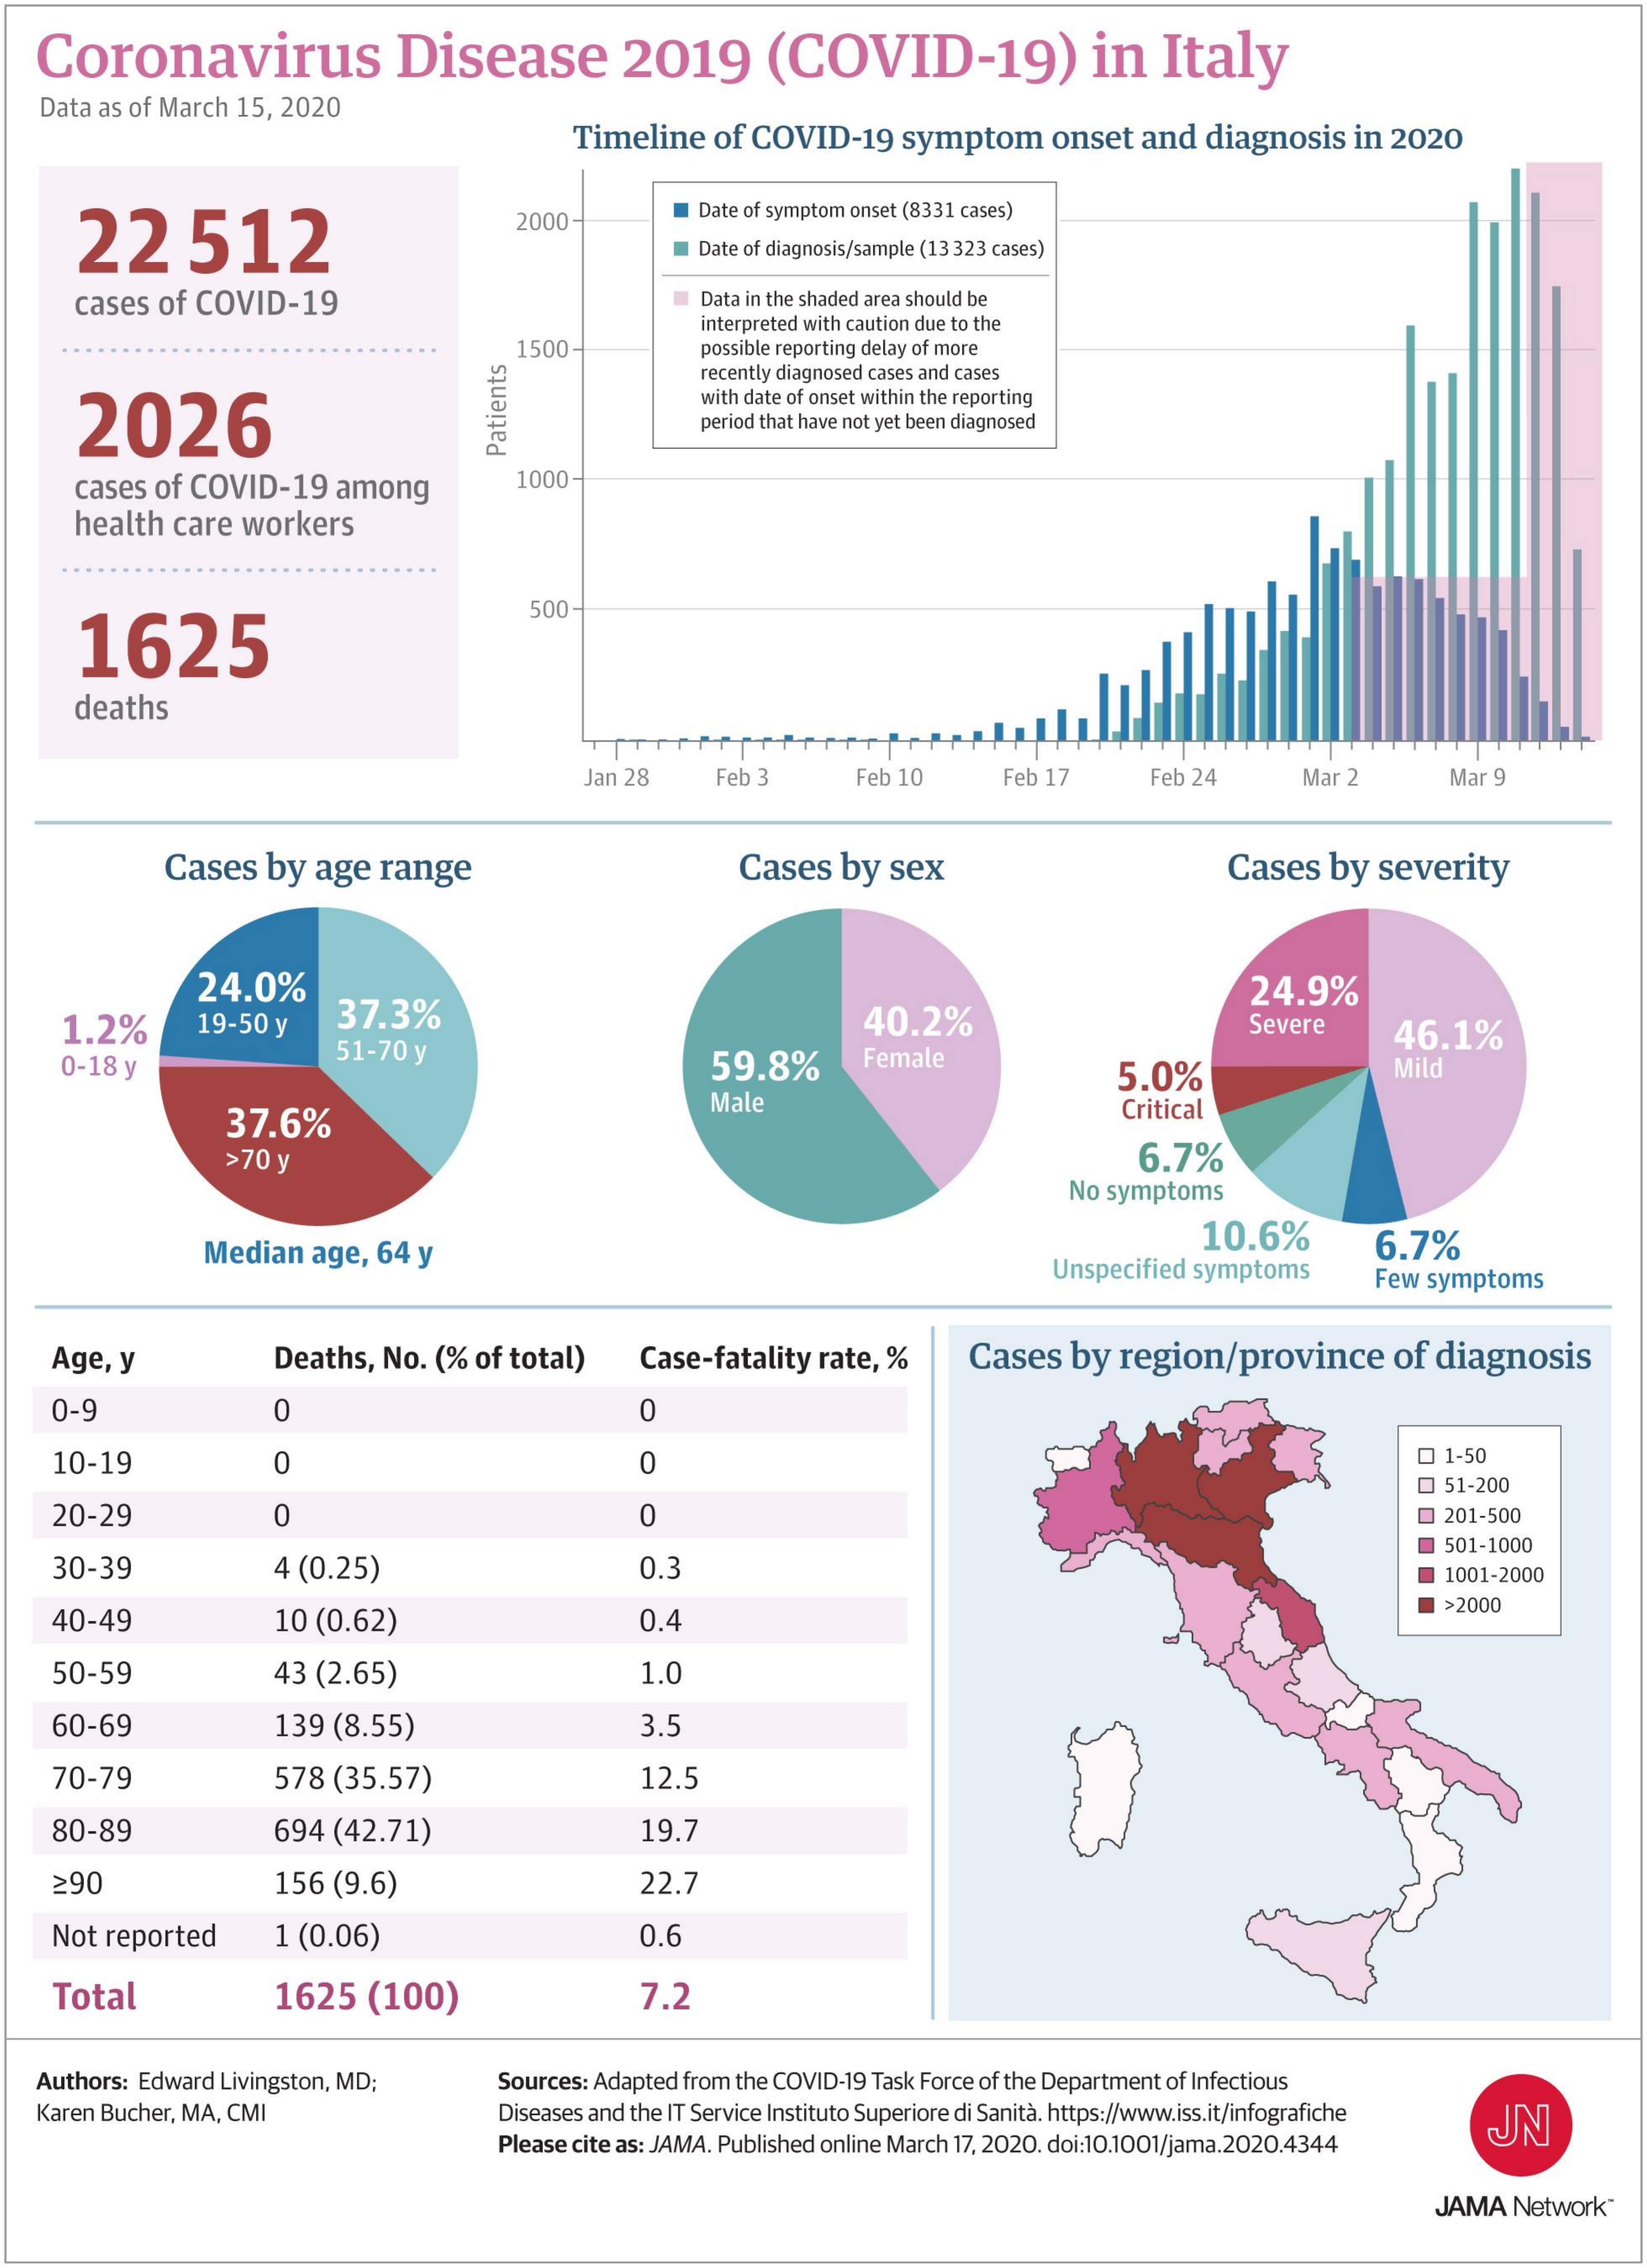
Coronavirus    Disease    2019    (COVID-19)    in   Italy
   Data as of March 15, 2020
     Timeline  of COVID-19   symptom    onset  and  diagnosis  in 2020
     22    512
     2000-    Date of symptom onset (8331 cases)
     Date of diagnosis/sample (13 323 cases)
     cases of COVID-19    Data in the shaded area should be
     1500
     interpreted with caution due to the
     possible reporting delay of more
     recently diagnosed cases and cases
     2026
     with date of onset within the reporting
     period that have not yet been diagnosed Patients
     cases of COVID-19  among    1000
     health care workers
     1625
     500
     deaths
     Jan 28    Feb 3    Feb 10    Feb 17    Feb 24    Mar 2    Mar 9
     Cases  by  age range    Cases  by  sex    Cases  by  severity
     24.0%
     37.3%    40.2%
     24.9%
     1.2%    19-50 y    46.1%
     0-18 y
     51-70 y
     Severe
     59.8%    Female
     5.0%    Mild
     37.6%
     Male    Critical
     >70 y    6.7%
     No symptoms
     Median  age, 64 y    10.6%
     Unspecified symptoms
     6.7%
     Few symptoms
    Age, y    Deaths, No. (% of total)   Case-fatality rate, %    Cases  by  region/province    of diagnosis
     0-9    0    0
    10-19    0    0    0 1-50
     Q 51-200
    20-29    0    0    201-500
    30-39    4 (0.25)    0.3
     501-1000
     1001-2000
    40-49    10 (0.62)    0.4
     >2000
    50-59    43 (2.65)    1.0
    60-69    139 (8.55)    3.5
    70-79    578 (35.57)    12.5
    80-89    694 (42.71)    19.7
     290    156 (9.6)    22.7
    Not reported    1 (0.06)    0.6
    Total    1625   (100)    7.2
   Authors: Edward Livingston, MD;    Sources: Adapted from the COVID-19 Task Force of the Department of Infectious
   Karen Bucher, MA, CMI    Diseases and the IT Service Instituto Superiore di Sanità. https://www.iss.it/infografiche
     Please cite as: JAMA. Published online March 17, 2020. doi:10.1001/jama.2020.4344
     UN
     JAMA  Network"